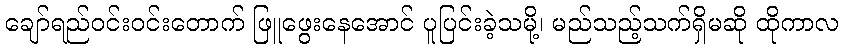
ချော်ရည်ဝင်းဝင်းတောက် ဖြူဖွေးနေအောင် ပူပြင်းခဲ့သမို့၊ မည်သည့်သက်ရှိမဆို ထိုကာလ